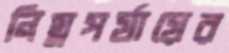
নিম্নপর্যায়ের